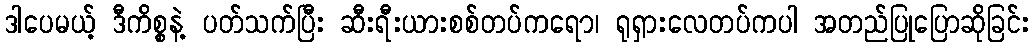
ဒါပေမယ့် ဒီကိစ္စနဲ့ ပတ်သက်ပြီး ဆီးရီးယားစစ်တပ်ကရော၊ ရုရှားလေတပ်ကပါ အတည်ပြုပြောဆိုခြင်း